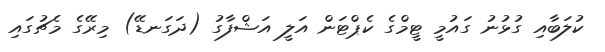
ކުލަބާއި ގުޅުނު ގައުމީ ޓީމްގެ ކެޕްޓަން އަލީ އަޝްފާގު (ދަގަނޑޭ) މިރޭގެ މެޗުގައި